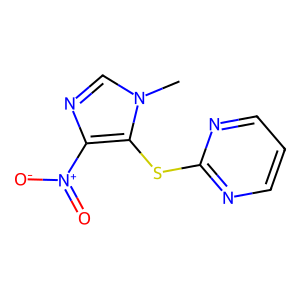
SMILES: Cn1cnc([N+](=O)[O-])c1Sc1ncccn1
Inhibits HIV replication: No